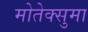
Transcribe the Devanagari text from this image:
मोतेक्सुमा